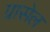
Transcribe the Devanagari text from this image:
ग्रासेल